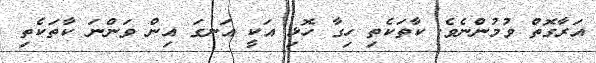
އަރާގޮތް ވުމުންނެވެ. ކާތަކެތި ހިގާ ހޮޅި އަކީ އަނގަ އިން ވަންނަ ކާތަކެތި